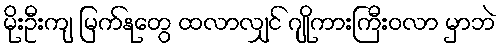
မိုးဦးကျ မြက်နုတွေ ထလာလျှင် ဂျိုကားကြီးဝလာ မှာဘဲ